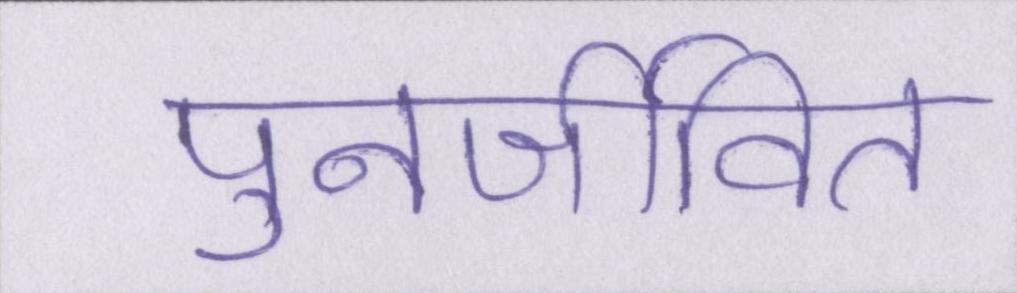
पुनर्जीवित